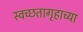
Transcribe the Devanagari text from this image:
स्वच्छतागृहाच्या